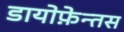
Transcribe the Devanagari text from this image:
डायोफ़ेन्तस